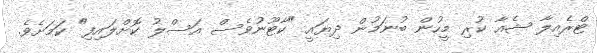
ޓްރެއިލާ ޝެއާ ކުރި މީހުން ބުނަމުން ދިޔައީ "ކާޓޫނުވެސް އަސްލު ކޮށްލައިފި" ކަމަށެވެ.